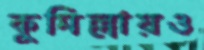
কুমিল্লায়ও